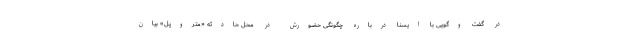
در گفت وگویی با ایسنا درباره چگونگی حضورش در محل حادثه «متروپل» بیان